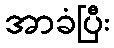
အာခံပြီး